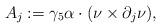
LaTeX: \begin{align*} A_j:=\gamma_5 \alpha \cdot (\nu\times \partial_j \nu),\end{align*}